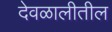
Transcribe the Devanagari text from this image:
देवळालीतील